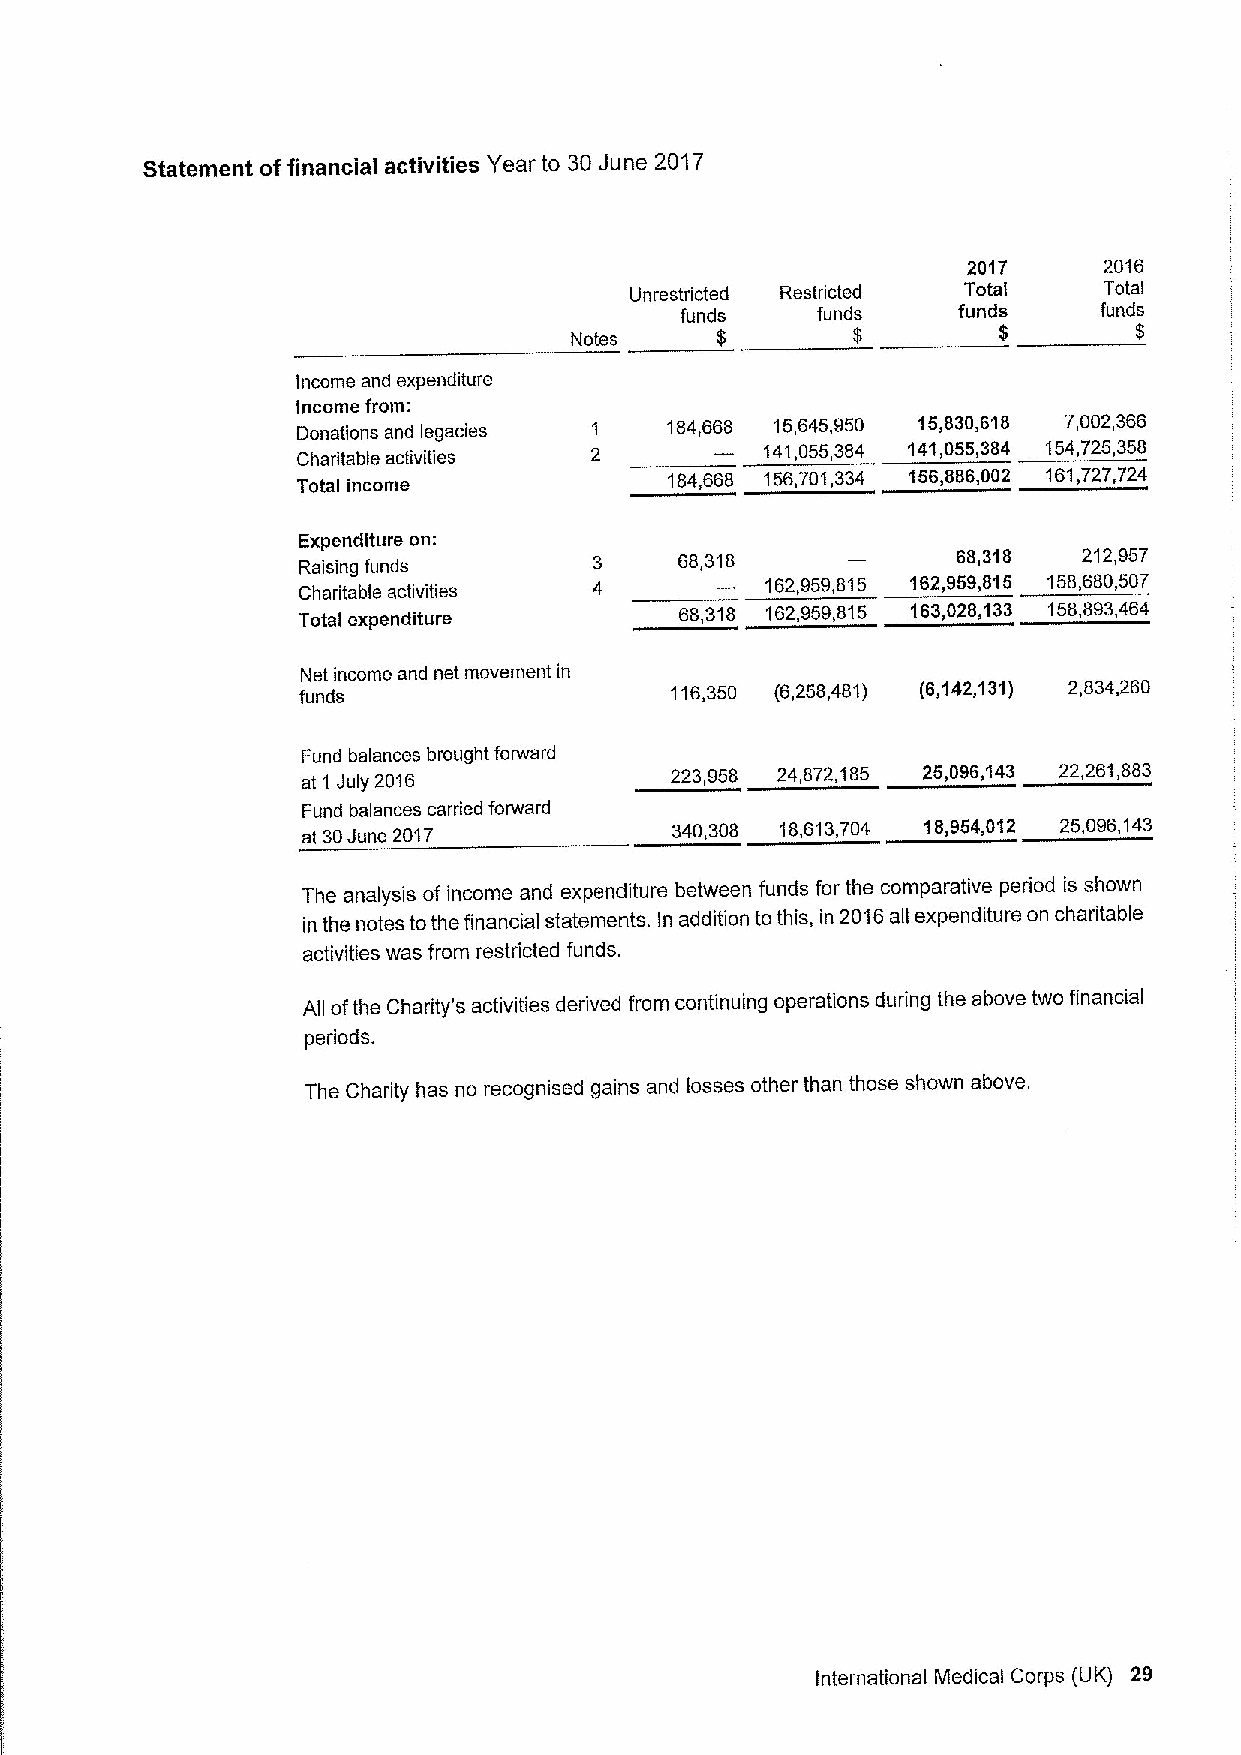
Statement offinancial activities Year to 30June 2017
 2017     2016
 Unrestricted Restricted Total  Total
 funds    funds    funds     funds
 Notes    $        $         $        $
 income and expenditure
 Income from:
 Donations and legacies 1 184,668 15,645,950 15,830,618 7,002,366
 Charitable activities 2       141,055,384 141,055,384 154,725,358
 Total income            184,668 156,701,334 156,886,002 161,727,724
 Expenditure on:
 68,318            68,318   212,957
 Raising funds
 162,959,815 162,959,815 158,680,507
 Charitable activities
 Total expenditure
 68,318 162,959,815 163,028,133 158,893,464
 Net income and net movement in
 funds
 116,350 (6,258,481) (6,142,131) 2,834,260
 Fund balances brought forward
 at 1 July 2016          223,958 24,872,185 25,096,143 22,261,883
 Fund balances carried forward
 at 30June 2017          340,308 18,613,704 18,954,012 25,096,143
 The analysis of income and expenditure between funds for the comparative period is shown
 in the notes tothe financial statements. In addition to this, in 2016all expenditure on charitable
 activities was from restricted funds.
 All ofthe Charity's activities derived from continuing operations during the above two financial
 periods,
 The Charity has no recognised gains and losses other than those shown above.
 International Medical Corps (UK) 29